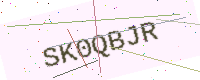
Text: SK0QBJR